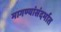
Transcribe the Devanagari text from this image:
मागण्यांसंदर्भात